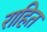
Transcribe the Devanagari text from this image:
राहित